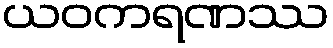
ယဝကရဏဿ